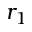
r _ { 1 }